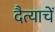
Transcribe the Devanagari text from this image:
दैत्याचें